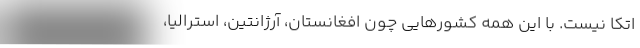
اتکا نیست. با این همه کشورهایی چون افغانستان، آرژانتین، استرالیا،